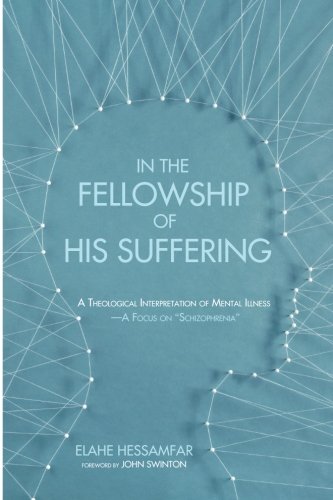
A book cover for In the Fellowship of His Suffering: A Theological Interpretation of Mental Illness - A Focus on ''Schizophrenia''; Elahe Hessamfar; Health, Fitness & Dieting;